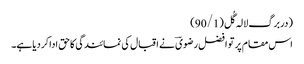
(دربرگ لالہ گُل(90/1)
اس مقام پر تو افضل رضویؔ نے اقبال کی نمائندگی کاحق اداکردیاہے۔